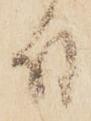
付